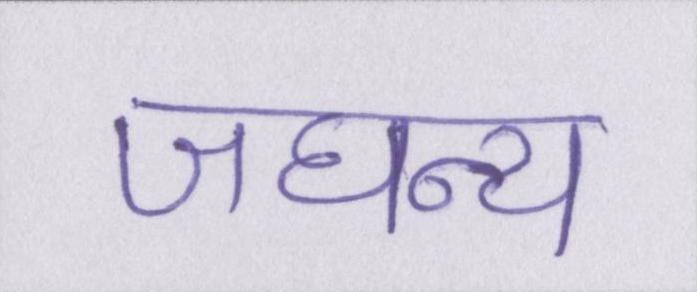
जघन्य